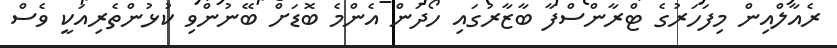
ރެއާލްއިން މިފަހަރުގެ ޓްރާންސްފާ ބާޒާރުގައި ހޯދަން އެންމެ ބޮޑަށް ބޭނުންވި ކުޅުންތެރިއަކީ ވެސް